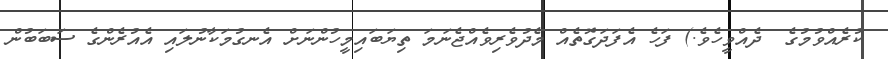
ކުރެއްވުމުގެ  ދެއްވީހެވެ.) ފަހެ އެފަދަގޮތެއް މެދުވެރިވެއްޖެނަމަ ތިޔަބައިމީހުންނަށް އެނގުމަކާނުލައި އެއުރެންގެ ސަބަބުން